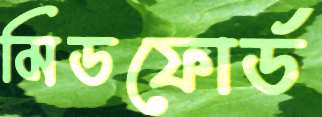
মিডফোর্ড